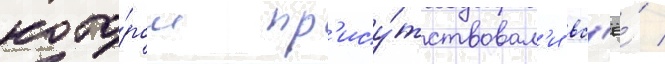
кото́ром пр'ису́тствовал'и вс'ё́ /